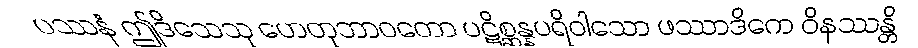
ပဿနံ ဤဒိသေသု ဟေတုဘာဝတော ပဋိစ္ဆန္နပရိဝါသော ဖဿာဒိကေ ဝိနဿန္တိ